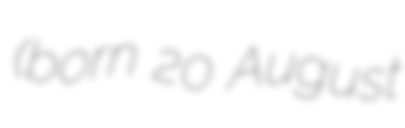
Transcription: (born 20 August